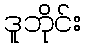
ဒူဘိုင်း